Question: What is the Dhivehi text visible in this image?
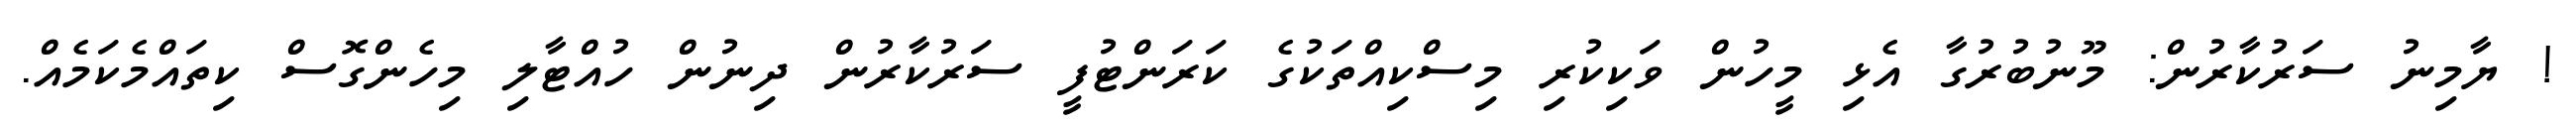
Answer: ! ޔާމިނު ސަރުކާރުން: މޫނުބުރުގާ އެޅި މީހުން ވަކިކުރި މިސްކިއްތަކުގެ ކަރަންޓުފީ ސަރުކާރުން ދިނުން ހުއްޓާލި މިހެންގޮސް ކިތައްމެކަމެއް.